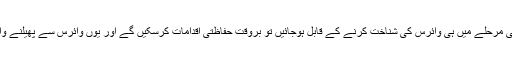
عالمی ادارہ صحت (ڈبلیو ایچ او) کے مطابق، اگر ہم کسی طرح ابتدائی مرحلے میں ہی وائرس کی شناخت کرنے کے قابل ہوجائیں تو بروقت حفاظتی اقدامات کرسکیں گے اور یوں وائرس سے پھیلنے والی ممکنہ وباؤں کو وقوع پذیر ہونے سے پہلے ہی روکا جاسکے گا۔